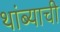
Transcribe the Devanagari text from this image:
थांब्याची